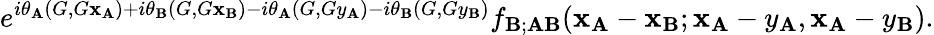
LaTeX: e^{i\theta_{\mathbf{A}}(G,G\mathbf{x}_{\mathbf{A}})+i\theta_{\mathbf{B}}(G,G\mathbf{x}_{\mathbf{B}})-i\theta_{\mathbf{A}}(G,Gy_{\mathbf{A}})-i\theta_{\mathbf{B}}(G,Gy_{\mathbf{B}})}f_{\mathbf{B};\mathbf{A}\mathbf{B}}(\mathbf{x}_{\mathbf{A}}-\mathbf{x}_{\mathbf{B}};\mathbf{x}_{\mathbf{A}}-y_{\mathbf{A}},\mathbf{x}_{\mathbf{A}}-y_{\mathbf{B}}).